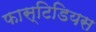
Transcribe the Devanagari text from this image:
फास्टिडियस